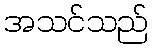
အသင်သည်